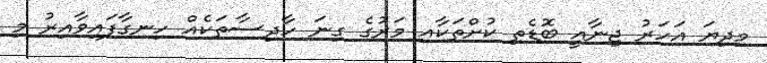
މިދިޔަ އަހަރު ޖިނާއީ ބޮޑެތި ކުށްތަކާއި މަރުގެ ގިނަ ހާދިސާތަކެއް ހިނގާފައިވާއިރު މި